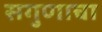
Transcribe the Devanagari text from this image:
सगुणाचा